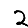
Digit: 2